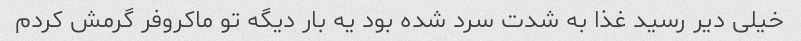
خیلی دیر رسید غذا به شدت سرد شده بود یه بار دیگه تو ماکروفر گرمش کردم